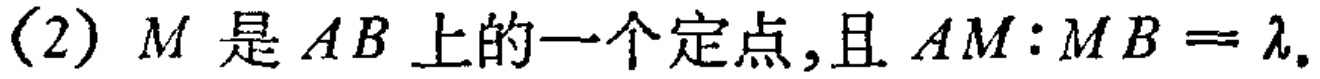
(2) \(M\)是\(AB\)上的一个定点,且\(AM:MB = \lambda\).